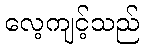
လေ့ကျင့်သည်